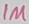
Text: 1M